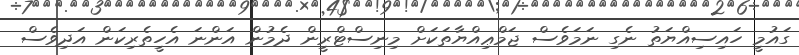
ގައުމީ ހައިސިއްޔަތު ނެގި ނަމަވެސް ޖަމްޢިއްޔާތަކަށް މިނިސްޓްރީން ދެމުން އަންނަ އެހީތެރިކަން އަދިވެސް